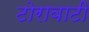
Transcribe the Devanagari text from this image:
टोरावाटी